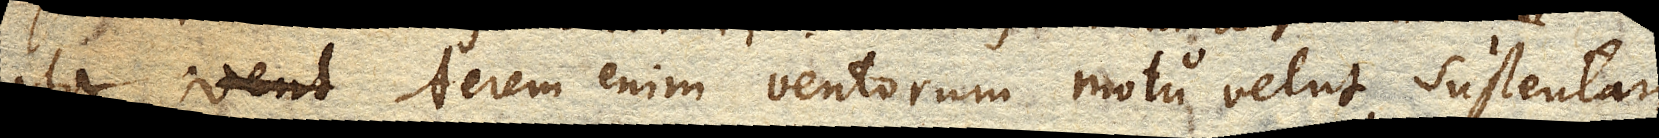
ita Aerem enim ventorum motu velut sustentari,